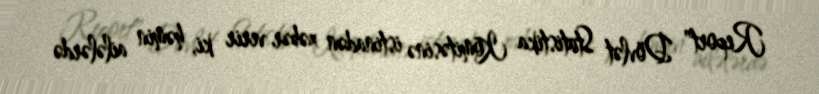
Report" Dövlət Statistika Komitəsinə istinadən xəbər verir ki, həmin ailələrdə